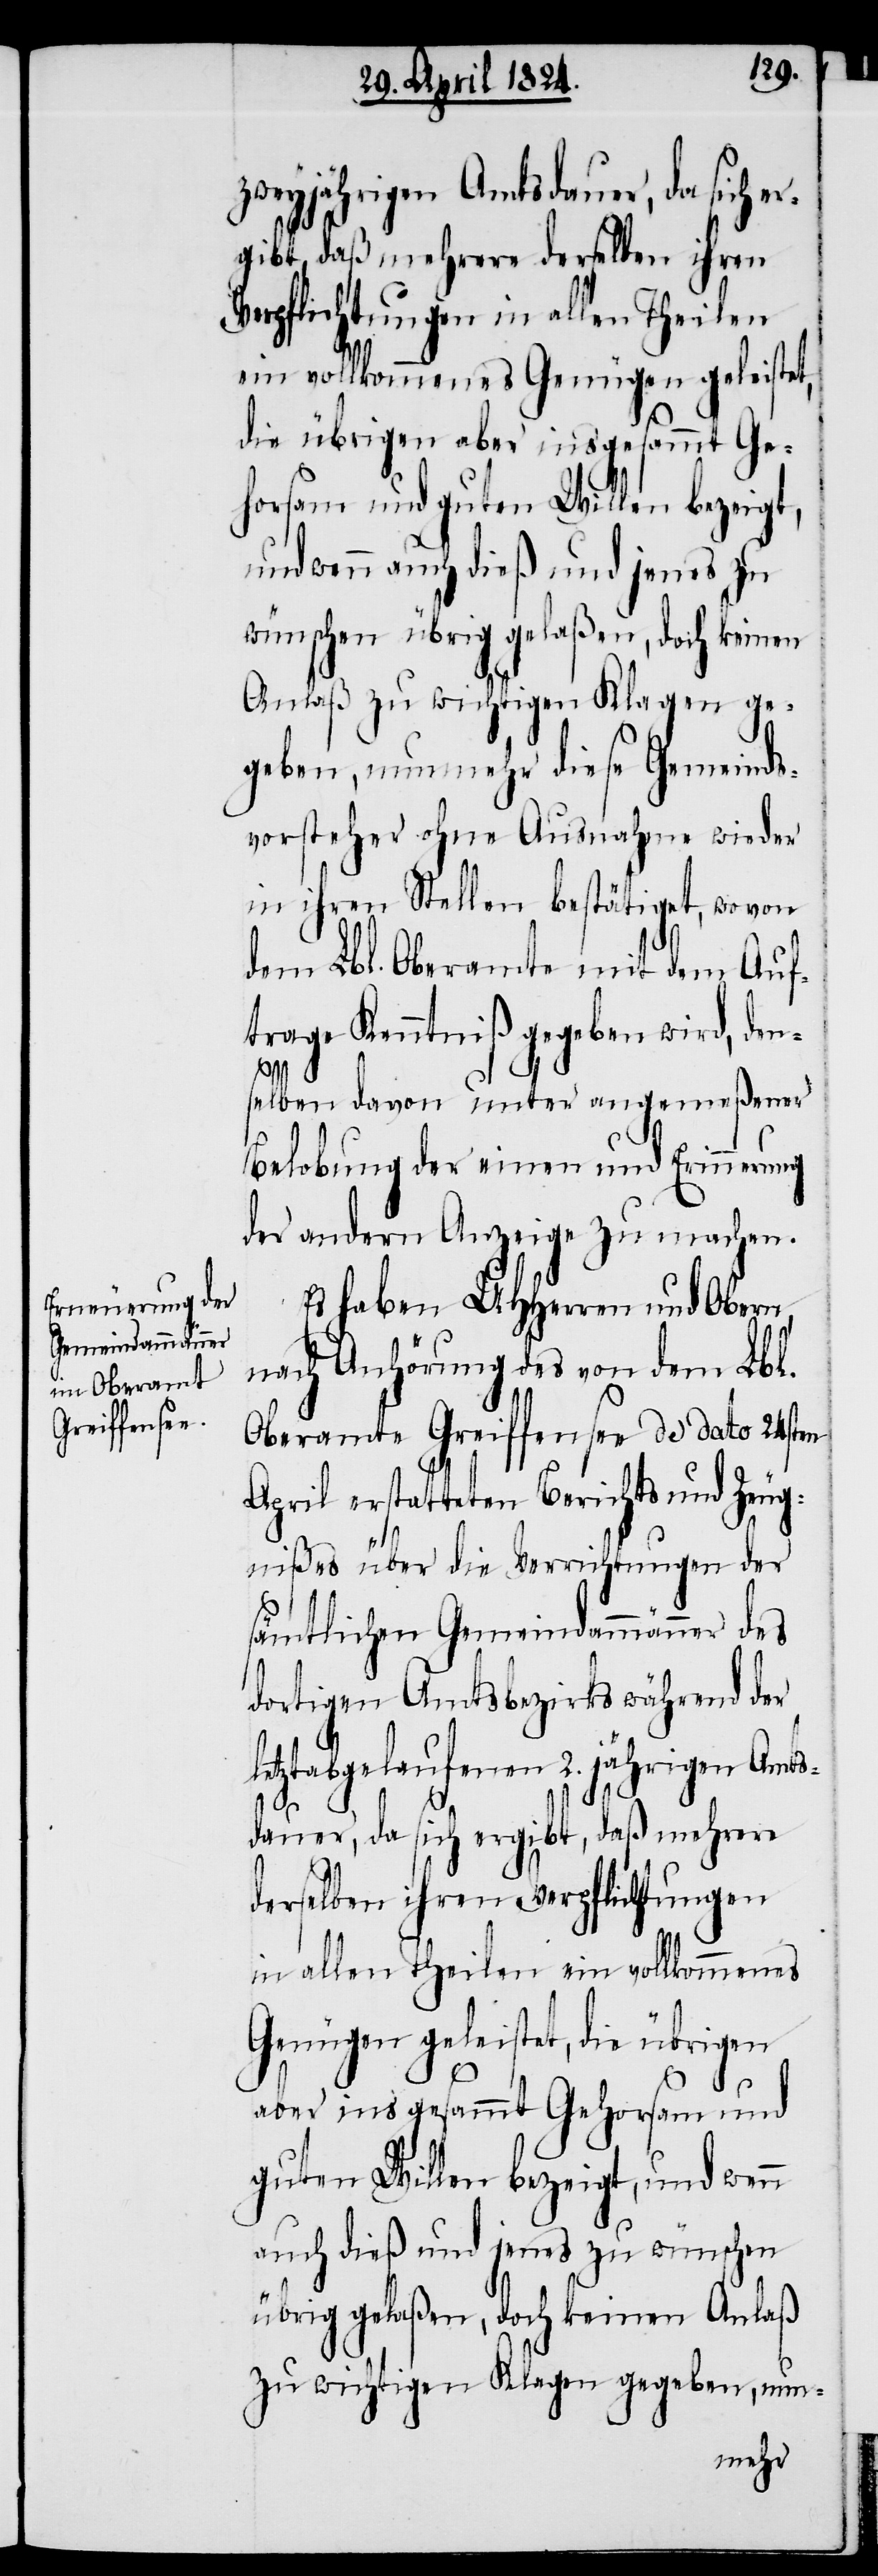
zweyjährigen Amtsdauer, da sich e¬
rgibt, daß mehrere derselben ihren
Verpflichtungen in allen Theilen
ein vollkommenes Genüge geleistet,
die übrigen aber insgesammt Ge¬
horsam und guten Willen bezeigt,
und wenn auch dieß und jenes zu
wünschen übrig gelaßen, doch keinen
Anlaß zu wichtigen Klagen ge¬
geben, nunmehr diese Gemeinds¬
vorsteher ohne Ausnahme wieder
in ihren Stellen bestätigt, wovon
dem Lbl. Oberamte mit dem Auf¬
trage Kenntniß gegeben wird, den¬
selben davon unter angemeßener
Belobungen der einen und Erinnerung
der andern Anzeige zu machen.
Es haben UHHerren und Obern
nach Anhörung des von dem Lbl.
Oberamte Greiffensee de dato 24sten
April erstatteten Berichts und Zeug¬
nißes über die Verrichtungen der
sämtlichen Gemeindammänner des
dortigen Amtsbezirks während der
letztabgelaufenen 2. jährigen Amts¬
dauer, da sich ergibt, daß mehrere
derselben ihren Verpflichtungen
in allen Theilen ein vollkommenes
Genügen geleistet, die übrigen
aber ins gesammt Gehorsam und
guten Willen bezeigt, und wenn
auch dieß und jenes zu wünschen
übrig gelaßen, doch keinen Anlaß
zu wichtigen Klagen gegeben, nun-